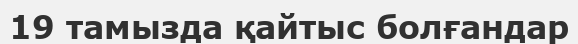
19 тамызда қайтыс болғандар